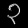
Digit: ၃